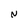
Character: N